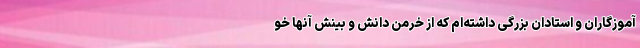
آموزگاران و استادان بزرگی داشته‌ام که از خرمن دانش و بینش آنها خو